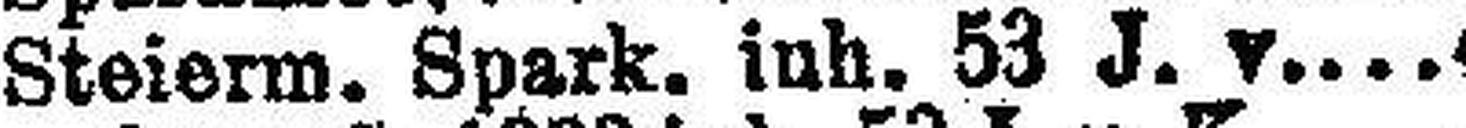
Steierm. Spark. inh. 53 J. v. 4